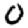
Digit: 0